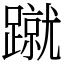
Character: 蹴